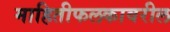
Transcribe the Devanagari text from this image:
माहितीफलकावरील